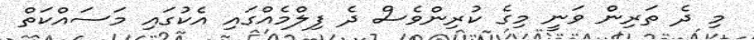
މި ދެ ތަރިން ވަނީ މިގެ ކުރިންވެސް ދެ ފިލްމެއްގައި އެކުގައި މަސައްކަތް